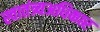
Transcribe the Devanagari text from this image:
स्वातंत्र्यअधिकार